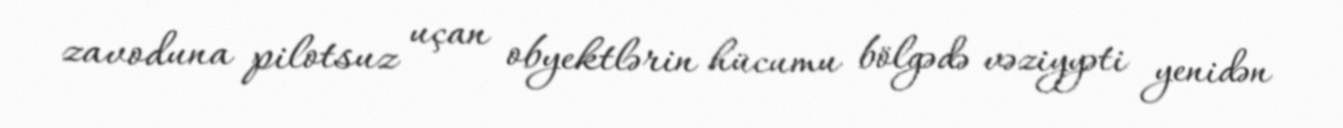
zavoduna pilotsuz uçan obyektlərin hücumu bölgədə vəziyyəti yenidən